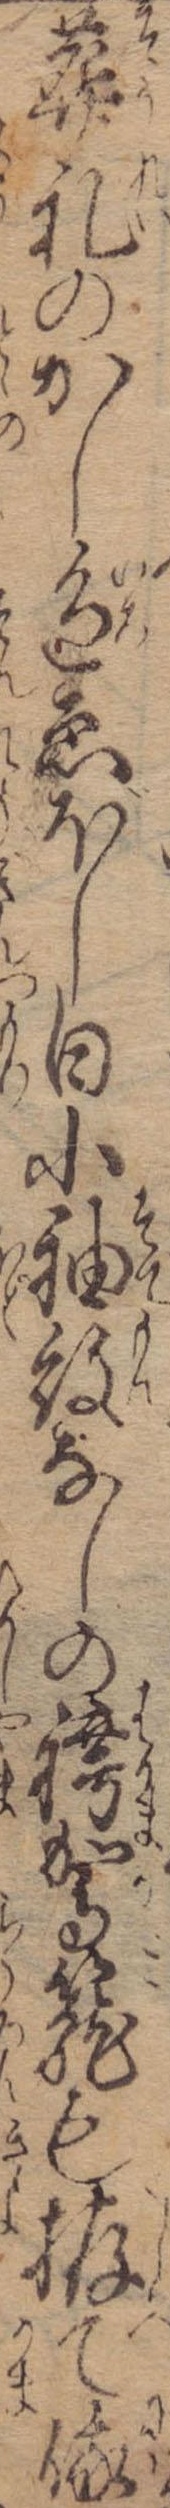
葬礼のかし色ゑぼし白小袖紋なしの袴駕篭も拵て俄